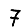
Digit: 7